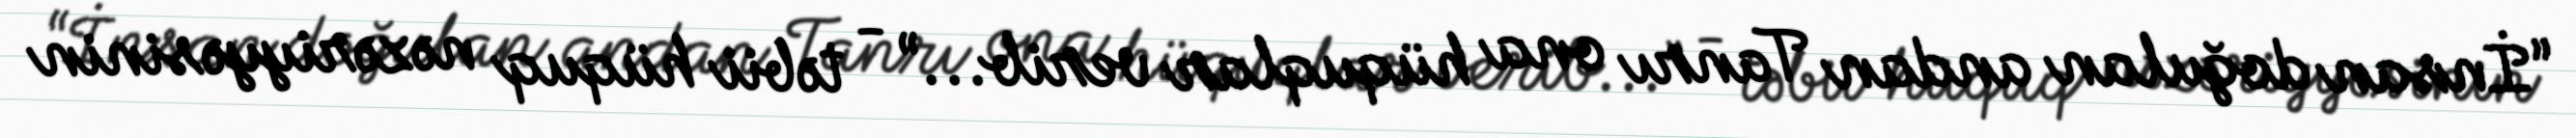
“İnsan doğulan andan Tanrı ona hüquqlar verib...” - təbii hüquq nəzəriyyəsinin